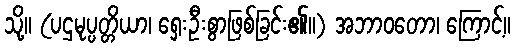
သို့။ (ပဌမုပ္ပတ္တိယာ၊ ရှေးဦးစွာဖြစ်ခြင်း၏။) အဘာဝတော၊ ကြောင့်။